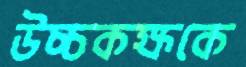
উচ্চকক্ষকে